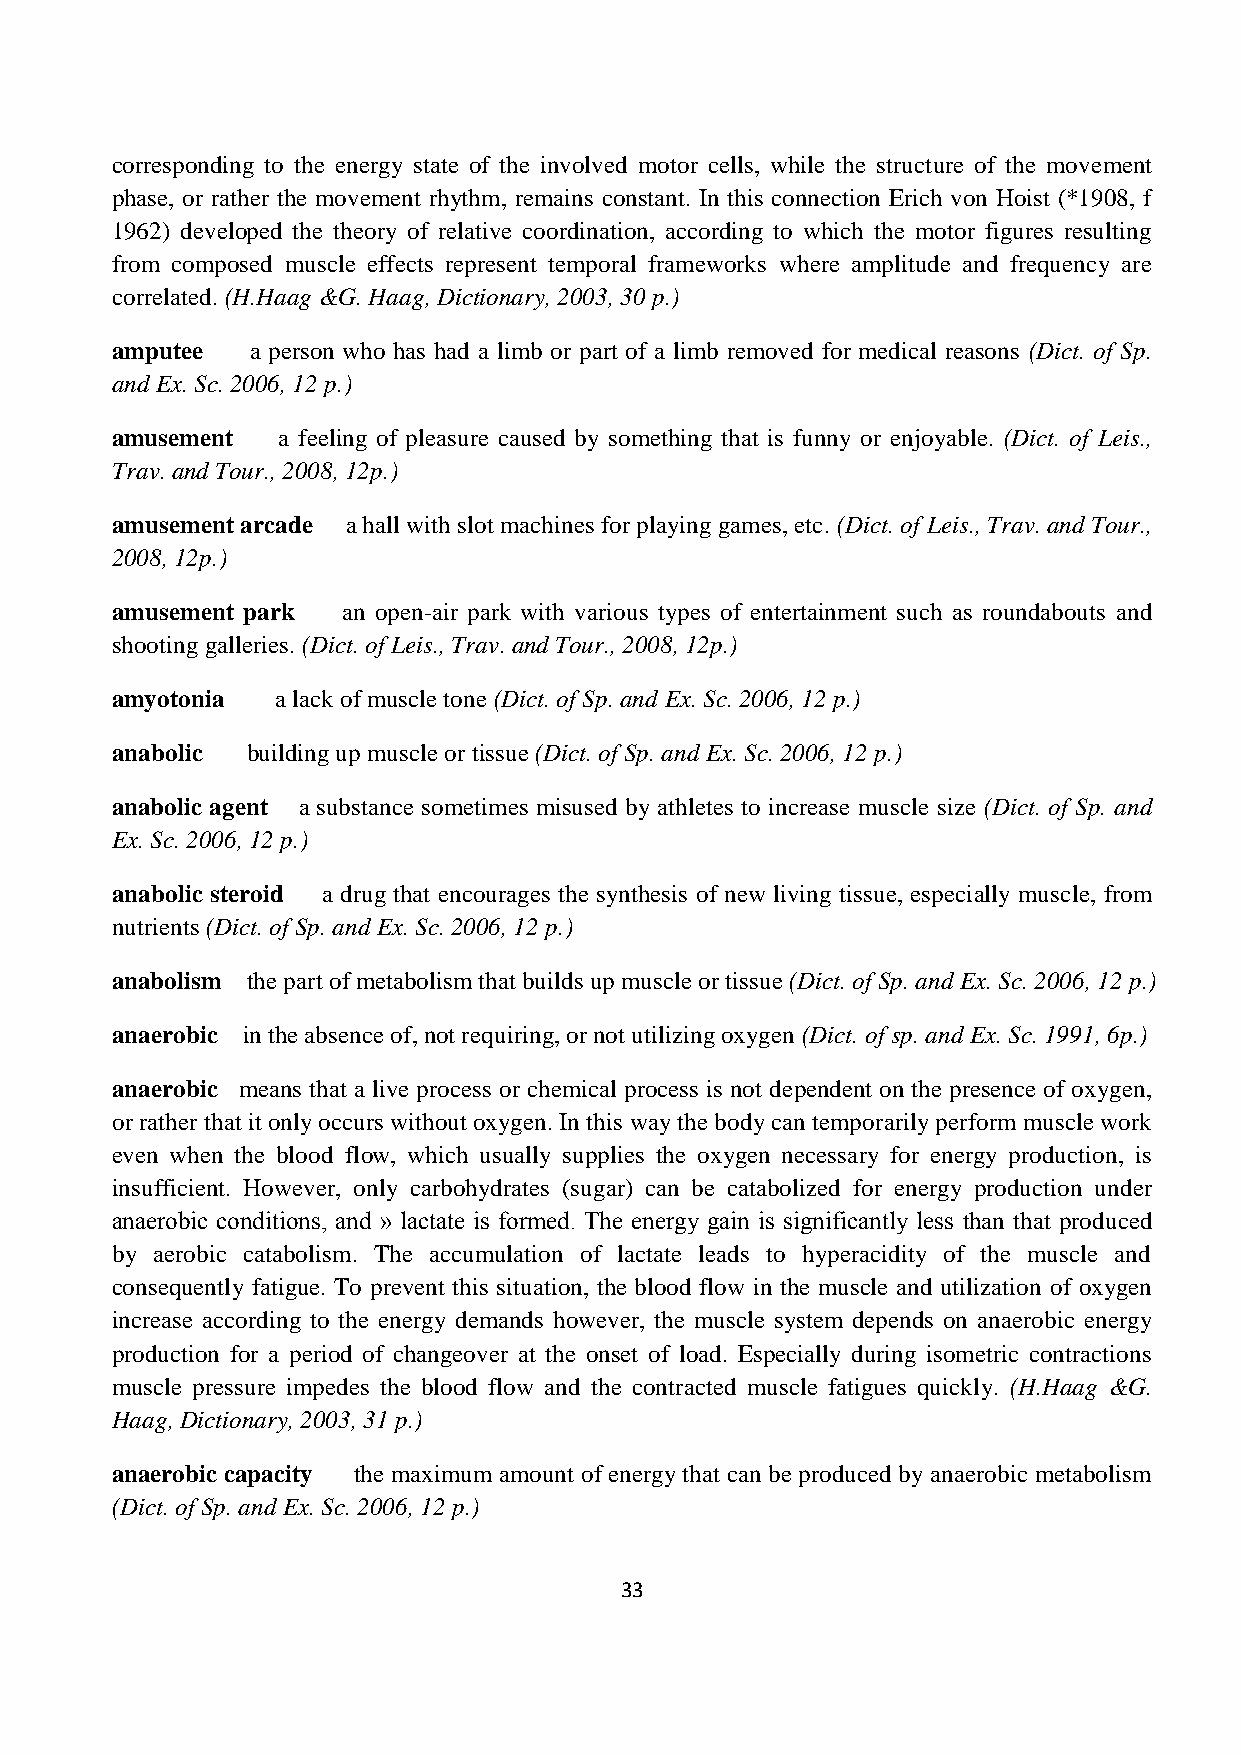
corresponding to the energy state of the involved motor cells, while the structure of the movement
 phase, or rather the movement rhythm, remains constant. In this connection Erich von Hoist (*1908, f
 1962) developed the theory of relative coordination, according to which the motor figures resulting
 from composed muscle effects represent temporal frameworks where amplitude and frequency are
 correlated. (H.Haag &G. Haag, Dictionary, 2003, 30 p.)
 amputee   a person who has had a limb or part of a limb removed for medical reasons (Dict. of Sp.
 and Ex. Sc. 2006, 12 p.)
 amusement  a feeling of pleasure caused by something that is funny or enjoyable. (Dict. of Leis.,
 Trav. and Tour., 2008, 12p.)
 amusement arcade a hall with slot machines for playing games, etc. (Dict. of Leis., Trav. and Tour.,
 2008, 12p.)
 amusement park  an open-air park with various types of entertainment such as roundabouts and
 shooting galleries. (Dict. of Leis., Trav. and Tour., 2008, 12p.)
 amyotonia  a lack of muscle tone (Dict. of Sp. and Ex. Sc. 2006, 12 p.)
 anabolic building up muscle or tissue (Dict. of Sp. and Ex. Sc. 2006, 12 p.)
 anabolic agent a substance sometimes misused by athletes to increase muscle size (Dict. of Sp. and
 Ex. Sc. 2006, 12 p.)
 anabolic steroid a drug that encourages the synthesis of new living tissue, especially muscle, from
 nutrients (Dict. of Sp. and Ex. Sc. 2006, 12 p.)
 anabolism the part of metabolism that builds up muscle or tissue (Dict. of Sp. and Ex. Sc. 2006, 12 p.)
 anaerobic in the absence of, not requiring, or not utilizing oxygen (Dict. of sp. and Ex. Sc. 1991, 6p.)
 anaerobic means that a live process or chemical process is not dependent on the presence of oxygen,
 or rather that it only occurs without oxygen. In this way the body can temporarily perform muscle work
 even when the blood flow, which usually supplies the oxygen necessary for energy production, is
 insufficient. However, only carbohydrates (sugar) can be catabolized for energy production under
 anaerobic conditions, and » lactate is formed. The energy gain is significantly less than that produced
 by aerobic catabolism. The accumulation of lactate leads to hyperacidity of the muscle and
 consequently fatigue. To prevent this situation, the blood flow in the muscle and utilization of oxygen
 increase according to the energy demands however, the muscle system depends on anaerobic energy
 production for a period of changeover at the onset of load. Especially during isometric contractions
 muscle pressure impedes the blood flow and the contracted muscle fatigues quickly. (H.Haag &G.
 Haag, Dictionary, 2003, 31 p.)
 anaerobic capacity the maximum amount of energy that can be produced by anaerobic metabolism
 (Dict. of Sp. and Ex. Sc. 2006, 12 p.)
 33